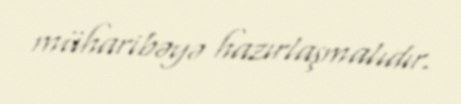
müharibəyə hazırlaşmalıdır.